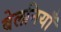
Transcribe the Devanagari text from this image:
बेलनियाँ